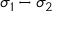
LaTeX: \sigma _ { 1 } - \sigma _ { 2 }